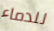
للدماء